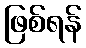
ဖြစ်ရန်